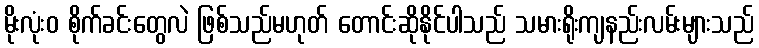
မိုးလုံး၀ စိုက်ခင်းတွေလဲ ဖြစ်သည်မဟုတ် တောင်းဆိုနိုင်ပါသည် သမားရိုးကျနည်းလမ်းများသည်